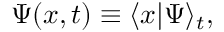
\Psi ( x , t ) \equiv \langle x | \Psi \rangle _ { t } ,